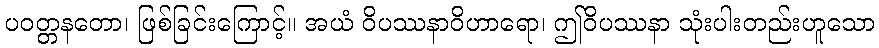
ပဝတ္တနတော၊ ဖြစ်ခြင်းကြောင့်။ အယံ ဝိပဿနာဝိဟာရော၊ ဤဝိပဿနာ သုံးပါးတည်းဟူသော